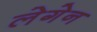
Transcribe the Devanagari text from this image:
लेगेन